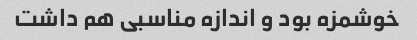
خوشمزه بود و اندازه مناسبی هم داشت